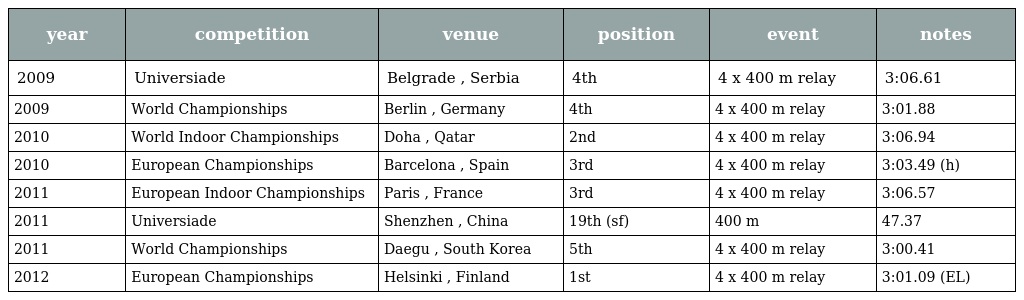
| year | competition | venue | position | event | notes |
 | --- | --- | --- | --- | --- | --- |
 | 2009 | Universiade | Belgrade , Serbia | 4th | 4 x 400 m relay | 3:06.61 |
 | 2009 | World Championships | Berlin , Germany | 4th | 4 x 400 m relay | 3:01.88 |
 | 2010 | World Indoor Championships | Doha , Qatar | 2nd | 4 x 400 m relay | 3:06.94 |
 | 2010 | European Championships | Barcelona , Spain | 3rd | 4 x 400 m relay | 3:03.49 (h) |
 | 2011 | European Indoor Championships | Paris , France | 3rd | 4 x 400 m relay | 3:06.57 |
 | 2011 | Universiade | Shenzhen , China | 19th (sf) | 400 m | 47.37 |
 | 2011 | World Championships | Daegu , South Korea | 5th | 4 x 400 m relay | 3:00.41 |
 | 2012 | European Championships | Helsinki , Finland | 1st | 4 x 400 m relay | 3:01.09 (EL) |